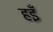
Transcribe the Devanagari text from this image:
हइँ